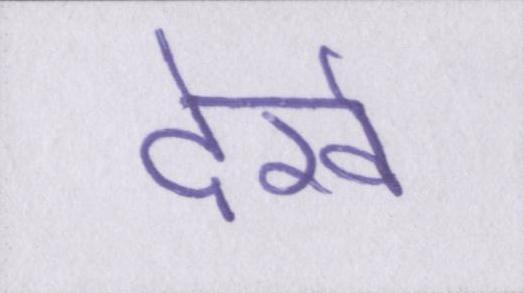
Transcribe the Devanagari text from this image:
देखें